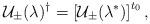
LaTeX: \begin{align*}\mathcal{U}_{\pm }(\lambda )^{\dagger }=\left[ \mathcal{U}_{\pm }(\lambda^{\ast })\right] ^{t_{0}}, \end{align*}